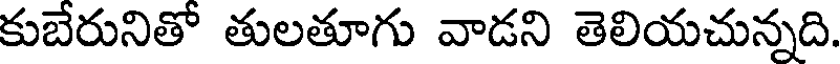
కుబేరునితో తులతూగు వాడని తెలియచున్నది.